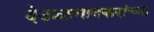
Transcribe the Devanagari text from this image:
देऊळगावकरांच्या